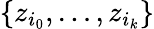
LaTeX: \{ z_{i_{0}},\ldots,z_{i_{k}}\}